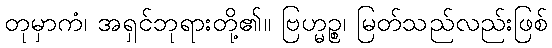
တုမှာကံ၊ အရှင်ဘုရားတို့၏။ ဗြဟ္မဉ္စ၊ မြတ်သည်လည်းဖြစ်